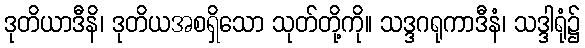
ဒုတိယာဒီနိ၊ ဒုတိယအစရှိသော သုတ်တို့ကို။ သဒ္ဒဂရုကာဒီနံ၊ သဒ္ဒါရုံ၌